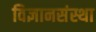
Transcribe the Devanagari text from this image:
विज्ञानसंस्था